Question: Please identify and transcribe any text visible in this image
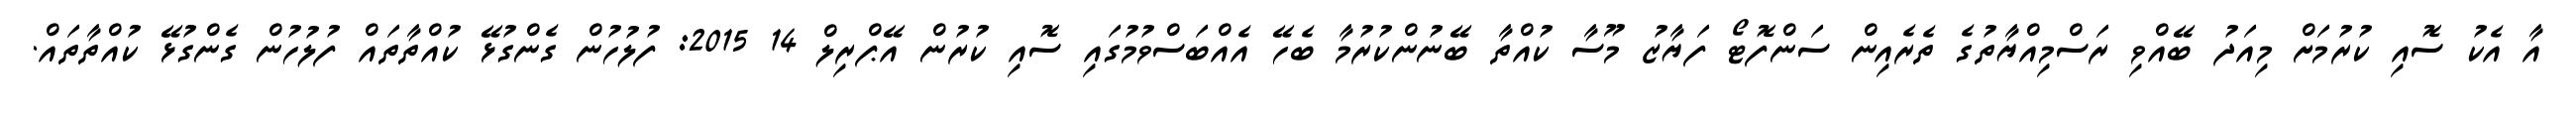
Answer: އާ އެކު ސޮއި ކުރުމަށް މިއަދު ބޭއްވި ރަސްމިއްޔާތުގެ ތެރެއިން ސަންފޮޓޯ ފަޔާޒު މޫސާ ކުއްތާ ބޭނުންކުރުމާ ބެހޭ އެއްބަސްވުމުގައި ސޮއި ކުރުން އޭޕްރިލް 14 2015: ފުލުހުން ގެންގުޅޭ ކުއްތާތައް ފުލުހުން ގެންގުޅޭ ކުއްތާތައް.